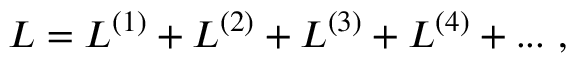
{ \cal L } = { \cal L } ^ { ( 1 ) } + { \cal L } ^ { ( 2 ) } + { \cal L } ^ { ( 3 ) } + { \cal L } ^ { ( 4 ) } + . . . \ ,